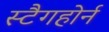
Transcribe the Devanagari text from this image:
स्टैगहोर्न